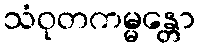
သံဝုတကမ္မန္တော